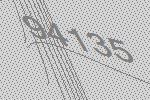
94135